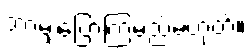
ဘာမျှပြောကြမည်မဟုတ်။